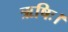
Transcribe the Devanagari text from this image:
ऋषिः।